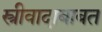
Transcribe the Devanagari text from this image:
स्त्रीवादाबाबत